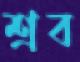
শ্রব